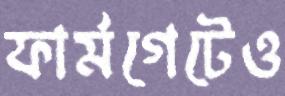
ফার্মগেটেও